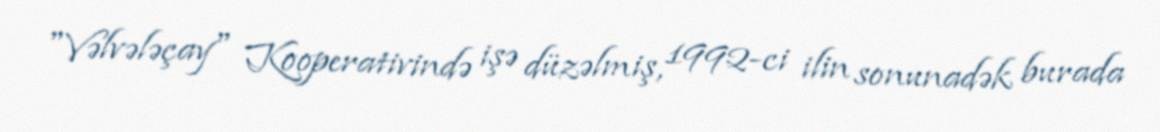
"Vəlvələçay" Kooperativində işə düzəlmiş, 1992-ci ilin sonunadək burada